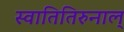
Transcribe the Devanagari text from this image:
स्वातितिरुनाल्